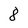
Character: 8